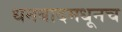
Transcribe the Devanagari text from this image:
धनबादमधूनच